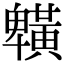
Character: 𪏒